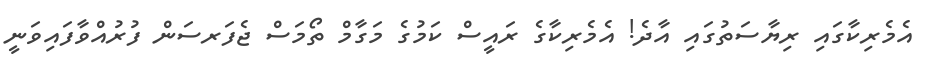
އެމެރިކާގައި ރިޔާސަތުގައި އާދެ! އެމެރިކާގެ ރައީސް ކަމުގެ މަގާމް ތޯމަސް ޖެފަރސަން ފުރުއްވާފައިވަނީ